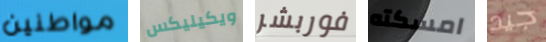
مواطنين ويكيليكس فوربشر امسكته جيد